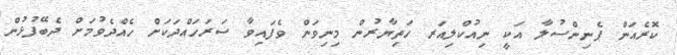
ކޮރެއަން ޕެނިންސުލާ އަކީ ނިއުކްލިއަރ ހަތިޔާރުން މިނިވަން ވެފައިވާ ސަރަހައްދަކަށް ހެއްދެވުމަށް ދެބޭފުޅުން